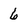
Character: 6